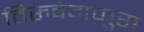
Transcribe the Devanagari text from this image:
तिरुवेगप्पुरा